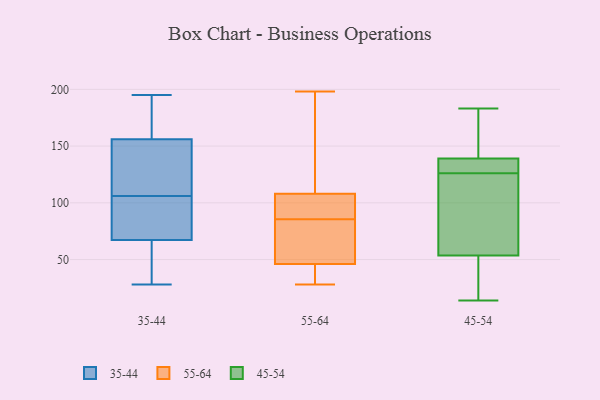
{"axis": {"x": "Operating Costs (USD K)", "y": "Value"}, "legend": ["35-44", "45-54", "55-64"], "data": [{"x": "", "y": 53, "type": "35-44"}, {"x": "", "y": 157, "type": "35-44"}, {"x": "", "y": 195, "type": "35-44"}, {"x": "", "y": 48, "type": "35-44"}, {"x": "", "y": 28, "type": "35-44"}, {"x": "", "y": 123, "type": "35-44"}, {"x": "", "y": 92, "type": "35-44"}, {"x": "", "y": 122, "type": "35-44"}, {"x": "", "y": 162, "type": "35-44"}, {"x": "", "y": 106, "type": "35-44"}, {"x": "", "y": 153, "type": "35-44"}, {"x": "", "y": 182, "type": "35-44"}, {"x": "", "y": 101, "type": "35-44"}, {"x": "", "y": 59, "type": "35-44"}, {"x": "", "y": 104, "type": "35-44"}, {"x": "", "y": 80, "type": "55-64"}, {"x": "", "y": 108, "type": "55-64"}, {"x": "", "y": 40, "type": "55-64"}, {"x": "", "y": 46, "type": "55-64"}, {"x": "", "y": 107, "type": "55-64"}, {"x": "", "y": 198, "type": "55-64"}, {"x": "", "y": 28, "type": "55-64"}, {"x": "", "y": 164, "type": "55-64"}, {"x": "", "y": 98, "type": "55-64"}, {"x": "", "y": 169, "type": "55-64"}, {"x": "", "y": 48, "type": "55-64"}, {"x": "", "y": 46, "type": "55-64"}, {"x": "", "y": 92, "type": "55-64"}, {"x": "", "y": 70, "type": "55-64"}, {"x": "", "y": 91, "type": "55-64"}, {"x": "", "y": 42, "type": "55-64"}, {"x": "", "y": 140, "type": "55-64"}, {"x": "", "y": 56, "type": "55-64"}, {"x": "", "y": 139, "type": "45-54"}, {"x": "", "y": 130, "type": "45-54"}, {"x": "", "y": 81, "type": "45-54"}, {"x": "", "y": 139, "type": "45-54"}, {"x": "", "y": 152, "type": "45-54"}, {"x": "", "y": 126, "type": "45-54"}, {"x": "", "y": 67, "type": "45-54"}, {"x": "", "y": 129, "type": "45-54"}, {"x": "", "y": 183, "type": "45-54"}, {"x": "", "y": 49, "type": "45-54"}, {"x": "", "y": 160, "type": "45-54"}, {"x": "", "y": 14, "type": "45-54"}, {"x": "", "y": 39, "type": "45-54"}, {"x": "", "y": 39, "type": "45-54"}, {"x": "", "y": 87, "type": "45-54"}]}